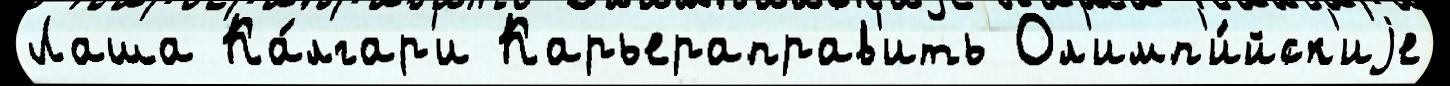
Лаша Ка́лгар'и Карьераправ'ить Ол'имп'и́йск'иjе